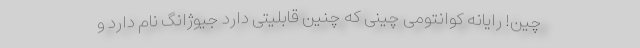
چین! رایانه کوانتومی چینی که چنین قابلیتی دارد جیوژانگ نام دارد و